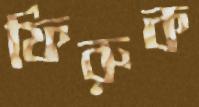
ফিরুক